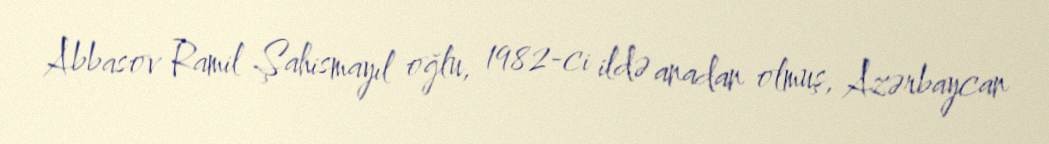
Abbasov Ramil Şahismayıl oğlu, 1982-ci ildə anadan olmuş, Azərbaycan